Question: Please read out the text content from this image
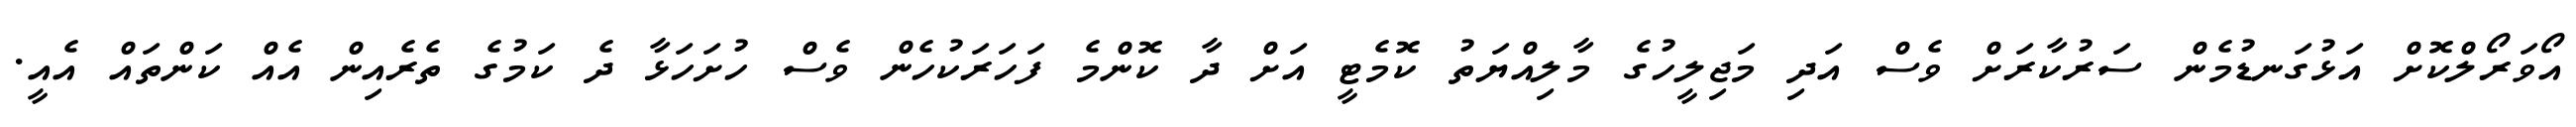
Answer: އޯވަރޯލްކޮށް އަޅުގަނޑުމެން ސަރުކާރަށް ވެސް އަދި މަޖިލީހުގެ މާލިއްޔަތު ކޮމެޓީ އަށް ދާ ކޮންމެ ފަހަރަކުހެން ވެސް ހުށަހަޅާ ދެ ކަމުގެ ތެރެއިން އެއް ކަންތައް އެއީ.